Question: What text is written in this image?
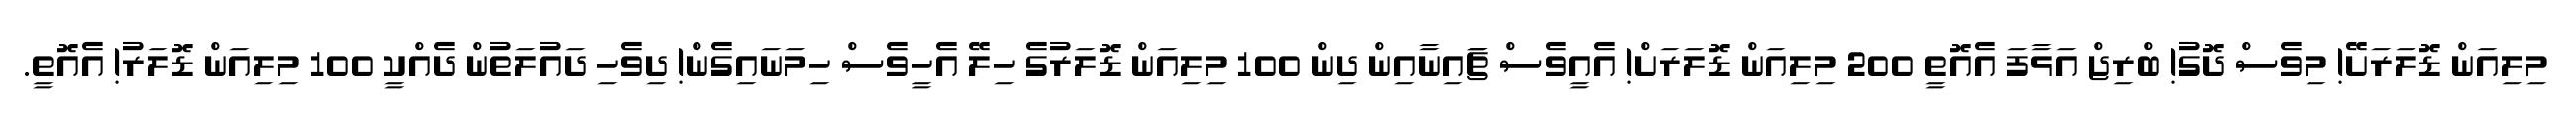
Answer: މިލިއަން ޑޮލަރަށޭ! މިވެސް ދޮގު! ބްރިޖް އަޅާފަ އެއޮތީ 200 މިލިއަން ޑޮލަރަށް! އެއީވެސް ޗަައިނާއިން ދިން 100 މިލިއަން ޑޮލަރުގެ ހިލޭ އެހީވެސް ހިމަނައިގެން! ދިވެހި ދައުލަތުން ދެއްކީ 100 މިލިއަން ޑޮލަރު! އެއޮތީ.